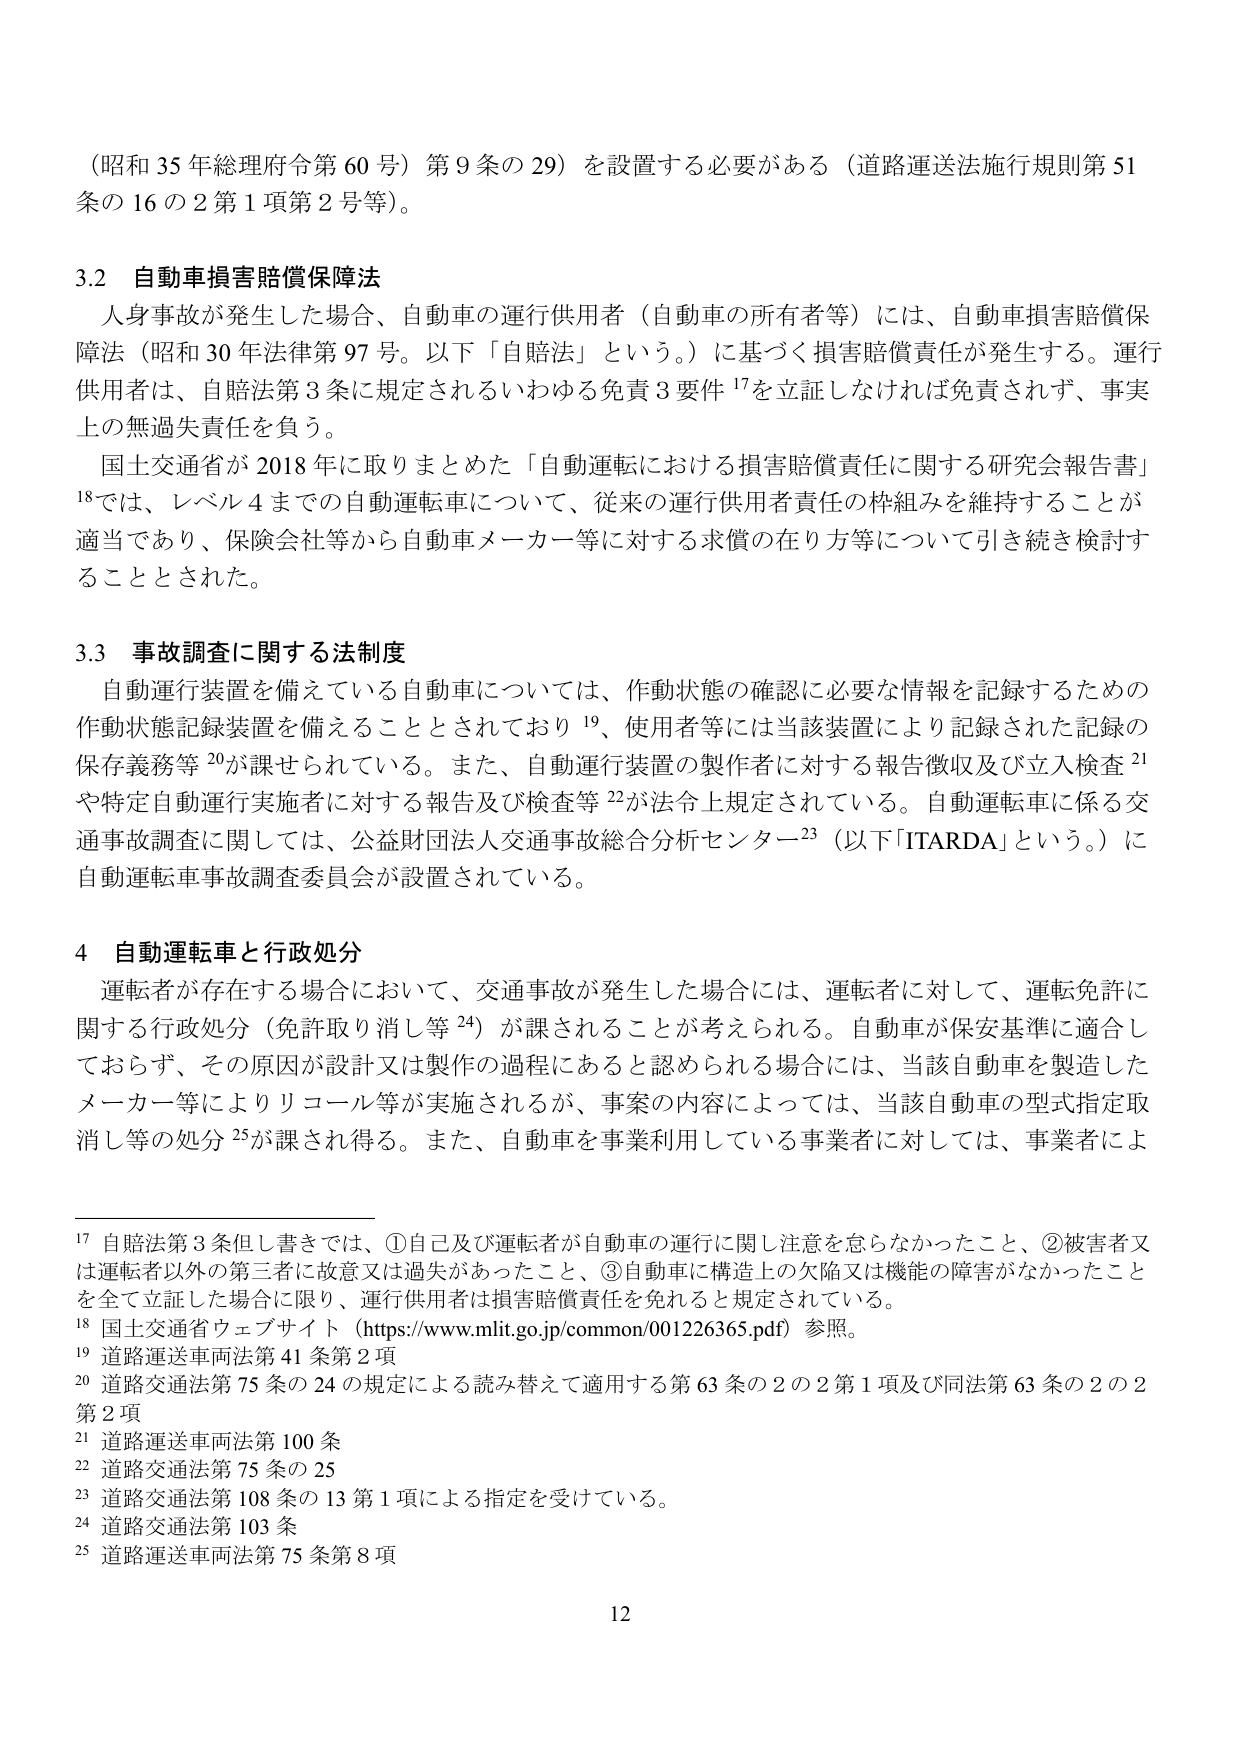
（昭和35年総理府令第60号）第9条の29）を設置する必要がある（道路運送法施行規則第51条の16の2第1項第2号等）。

3.2 自動車損害賠償保障法
人身事故が発生した場合、自動車の運行供用者（自動車の所有者等）には、自動車損害賠償保障法（昭和30年法律第97号。以下「自賠法」という。）に基づく損害賠償責任が発生する。運行供用者は、自賠法第3条に規定されるいわゆる免責3要件¹⁷を立証しなければ免責されず、事実上の無過失責任を負う。
国土交通省が2018年に取りまとめた「自動運転における損害賠償責任に関する研究会報告書」¹⁸では、レベル4までの自動運転車について、従来の運行供用者責任の枠組みを維持することが適当であり、保険会社等から自動車メーカー等に対する求償の在り方等について引き続き検討することとされた。

3.3 事故調査に関する法制度
自動運行装置を備えている自動車については、作動状態の確認に必要な情報を記録するための作動状態記録装置を備えることとされており¹⁹、使用者等には当該装置により記録された記録の保存義務等²⁰が課されている。また、自動運行装置の製作者に対する報告徴収及び立入検査²¹や特定自動運行実施者に対する報告及び検査等²²が法令上規定されている。自動運転車に係る交通事故調査に関しては、公益財団法人交通事故総合分析センター²³（以下「ITARDA」という。）に自動運転車事故調査委員会が設置されている。

4 自動運転車と行政処分
運転者が存在する場合において、交通事故が発生した場合には、運転者に対して、運転免許に関する行政処分（免許取り消し等²⁴）が課されることが考えられる。自動車が保安基準に適合しておらず、その原因が設計又は製作の過程にあると認められる場合には、当該自動車を製造したメーカー等によりリコール等が実施されるが、事案の内容によっては、当該自動車の型式指定取消し等の処分²⁵が課され得る。また、自動車を事業利用している事業者に対しては、事業者によ

¹⁷ 自賠法第3条但し書きでは、①自己及び運転者が自動車の運行に関し注意を怠らなかったこと、②被害者又は運転者以外の第三者に故意又は過失があったこと、③自動車に構造上の欠陥又は機能の障害がなかったことを全て立証した場合に限り、運行供用者は損害賠償責任を免れると規定されている。
¹⁸ 国土交通省ウェブサイト（https://www.mlit.go.jp/common/001226365.pdf）参照。
¹⁹ 道路運送車両法第41条第2項
²⁰ 道路交通法第75条の24の規定による読み替えて適用する第63条の2の2第1項及び同法第63条の2の2第2項
²¹ 道路運送車両法第100条
²² 道路交通法第75条の25
²³ 道路交通法第108条の13第1項による指定を受けている。
²⁴ 道路交通法第103条
²⁵ 道路運送車両法第75条第8項

12